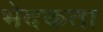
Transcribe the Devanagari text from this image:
भेदकता